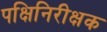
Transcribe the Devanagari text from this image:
पक्षिनिरीक्षक